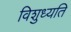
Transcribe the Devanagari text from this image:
विशुध्यति